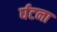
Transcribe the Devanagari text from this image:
र्घटना